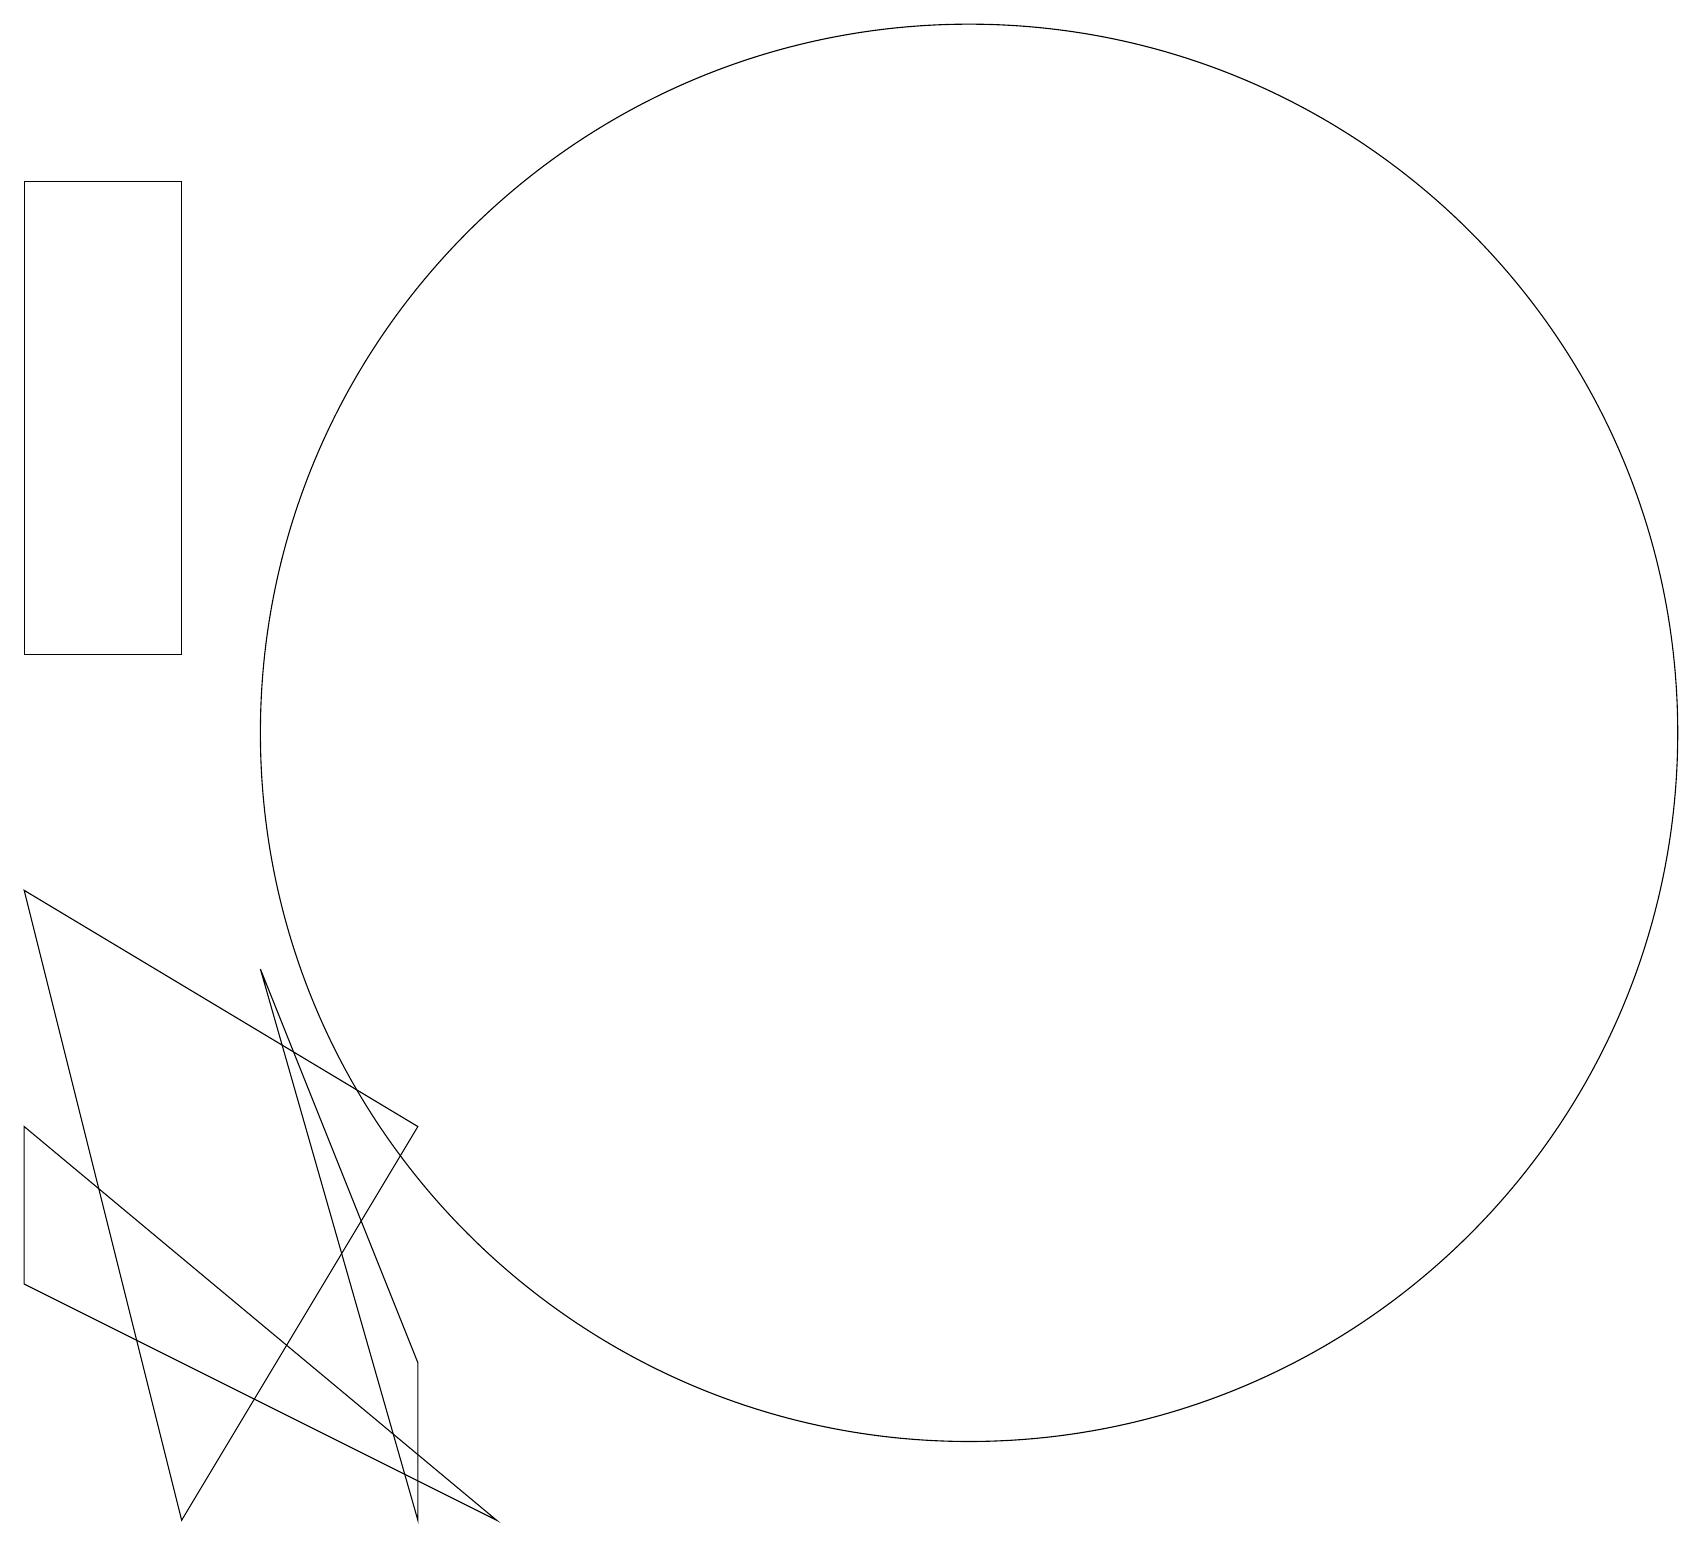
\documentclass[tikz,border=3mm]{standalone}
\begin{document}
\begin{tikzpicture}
\draw (0,3) -- (6,0) -- (0,5) -- cycle;
\draw (12,10) circle (9);
\draw (0,17) rectangle (2,11);
\draw (2,0) -- (5,5) -- (0,8) -- cycle;
\draw (5,0) -- (5,2) -- (3,7) -- cycle;
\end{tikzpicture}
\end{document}